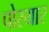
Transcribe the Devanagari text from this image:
पोरयार